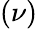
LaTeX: (\nu)